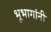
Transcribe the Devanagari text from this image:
भूभागांनी